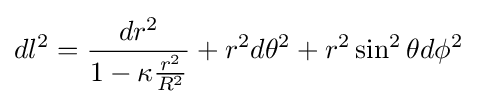
dl^{2}={\frac {dr^{2}}{1-\kappa {\frac {r^{2}}{R^{2}}}}}+r^{2}d\theta ^{2}+r^{2}\sin ^{2}\theta d\phi ^{2}